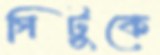
গিট্টুকে